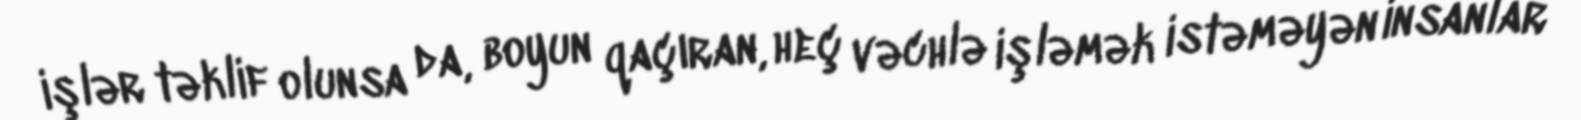
işlər təklif olunsa da, boyun qaçıran, heç vəchlə işləmək istəməyən insanlar